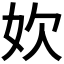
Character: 𫰑